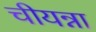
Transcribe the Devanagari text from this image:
चीयन्ना